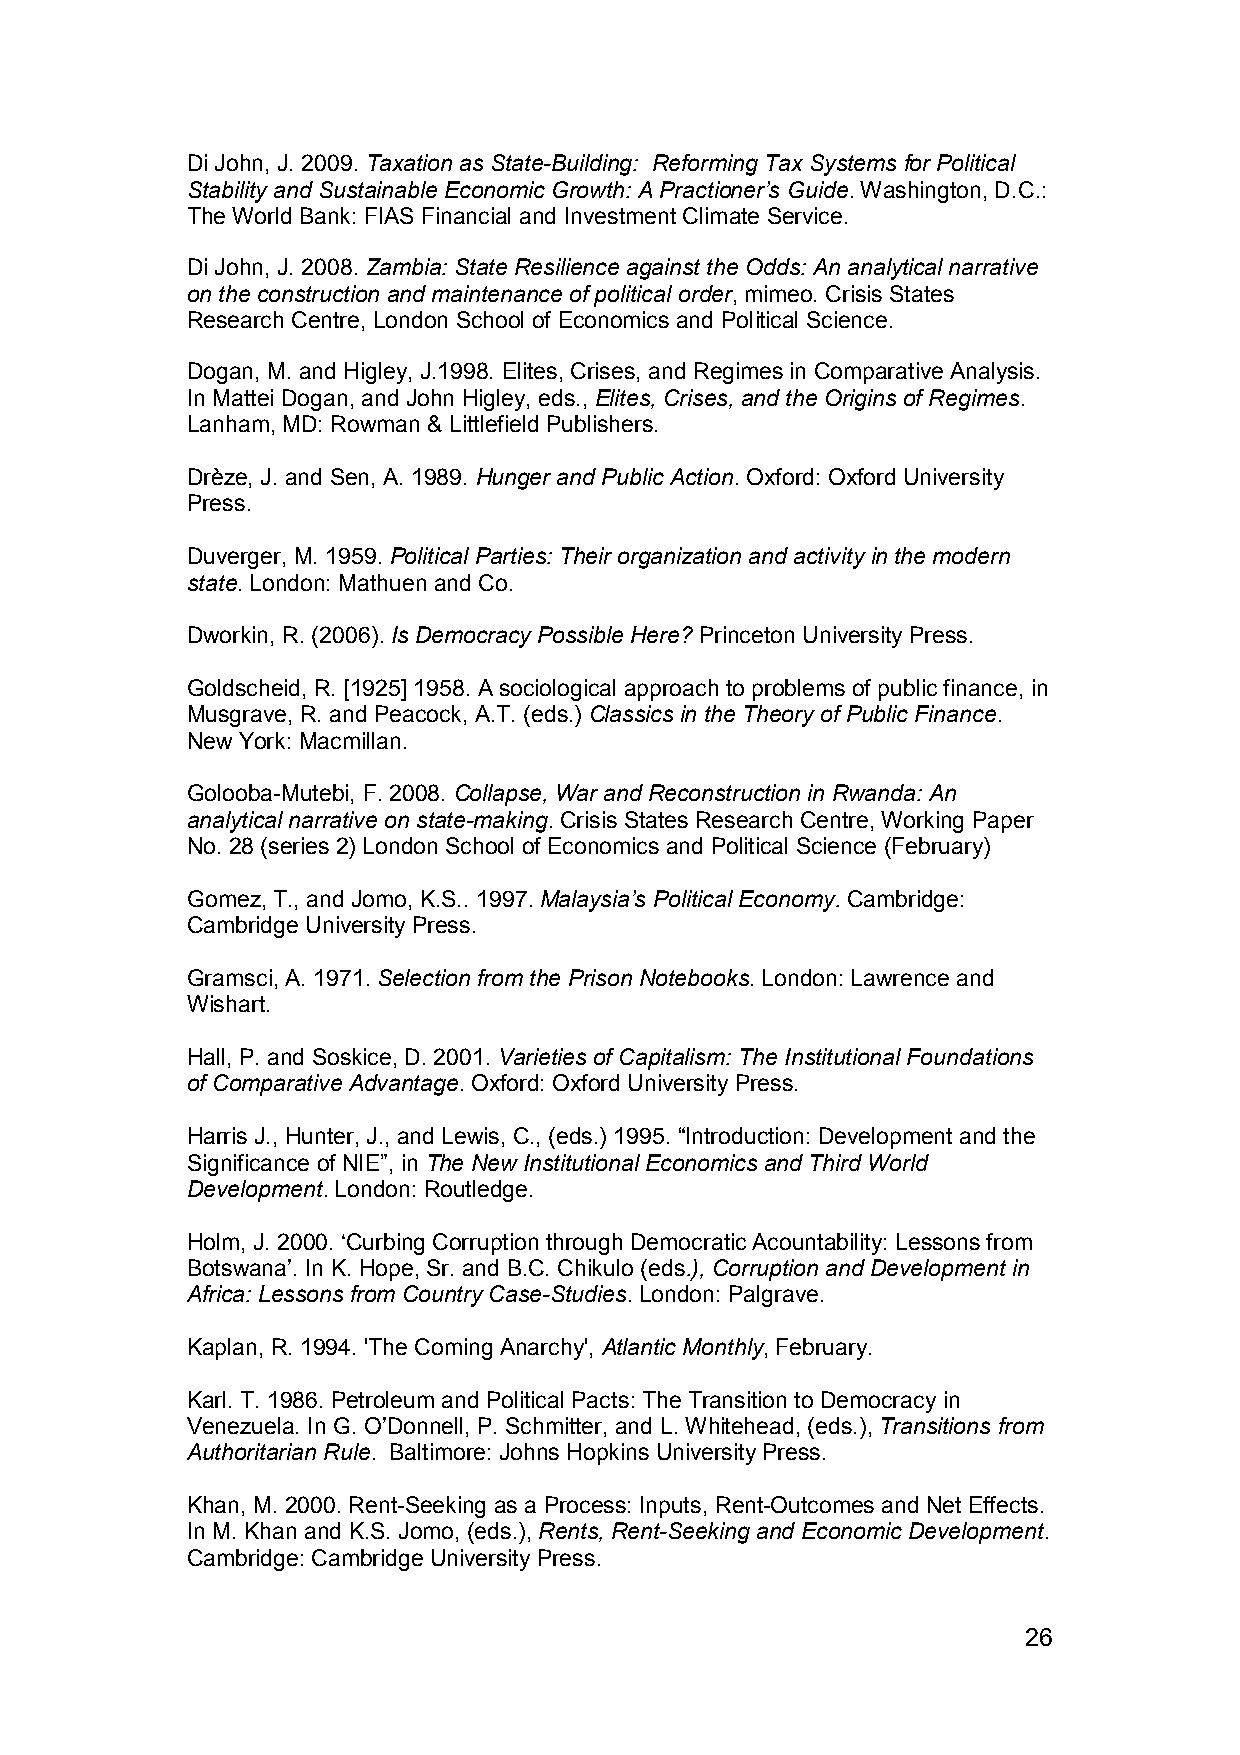
Di John, J. 2009. Taxation as State-Building: Reforming Tax Systems for Political
 Stability and Sustainable Economic Growth: A Practioner’s Guide. Washington, D.C.:
 The World Bank: FIAS Financial and Investment Climate Service.
 Di John, J. 2008. Zambia: State Resilience against the Odds: An analytical narrative
 on the construction and maintenance of political order, mimeo. Crisis States
 Research Centre, London School of Economics and Political Science.
 Dogan, M. and Higley, J.1998. Elites, Crises, and Regimes in Comparative Analysis.
 In Mattei Dogan, and John Higley, eds., Elites, Crises, and the Origins of Regimes.
 Lanham, MD: Rowman & Littlefield Publishers.
 Drèze, J. and Sen, A. 1989. Hunger and Public Action. Oxford: Oxford University
 Press.
 Duverger, M. 1959. Political Parties: Their organization and activity in the modern
 state. London: Mathuen and Co.
 Dworkin, R. (2006). Is Democracy Possible Here? Princeton University Press.
 Goldscheid, R. [1925] 1958. A sociological approach to problems of public finance, in
 Musgrave, R. and Peacock, A.T. (eds.) Classics in the Theory of Public Finance.
 New York: Macmillan.
 Golooba-Mutebi, F. 2008. Collapse, War and Reconstruction in Rwanda: An
 analytical narrative on state-making. Crisis States Research Centre, Working Paper
 No. 28 (series 2) London School of Economics and Political Science (February)
 Gomez, T., and Jomo, K.S.. 1997. Malaysia’s Political Economy. Cambridge:
 Cambridge University Press.
 Gramsci, A. 1971. Selection from the Prison Notebooks. London: Lawrence and
 Wishart.
 Hall, P. and Soskice, D. 2001. Varieties of Capitalism: The Institutional Foundations
 of Comparative Advantage. Oxford: Oxford University Press.
 Harris J., Hunter, J., and Lewis, C., (eds.) 1995. “Introduction: Development and the
 Significance of NIE”, in The New Institutional Economics and Third World
 Development. London: Routledge.
 Holm, J. 2000. ‘Curbing Corruption through Democratic Acountability: Lessons from
 Botswana’. In K. Hope, Sr. and B.C. Chikulo (eds.), Corruption and Development in
 Africa: Lessons from Country Case-Studies. London: Palgrave.
 Kaplan, R. 1994. 'The Coming Anarchy', Atlantic Monthly, February.
 Karl. T. 1986. Petroleum and Political Pacts: The Transition to Democracy in
 Venezuela. In G. O’Donnell, P. Schmitter, and L. Whitehead, (eds.), Transitions from
 Authoritarian Rule. Baltimore: Johns Hopkins University Press.
 Khan, M. 2000. Rent-Seeking as a Process: Inputs, Rent-Outcomes and Net Effects.
 In M. Khan and K.S. Jomo, (eds.), Rents, Rent-Seeking and Economic Development.
 Cambridge: Cambridge University Press.
 26